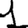
Digit: 1